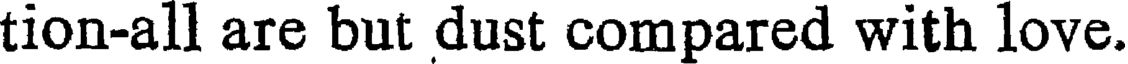
tion-all are but dust compared with love.